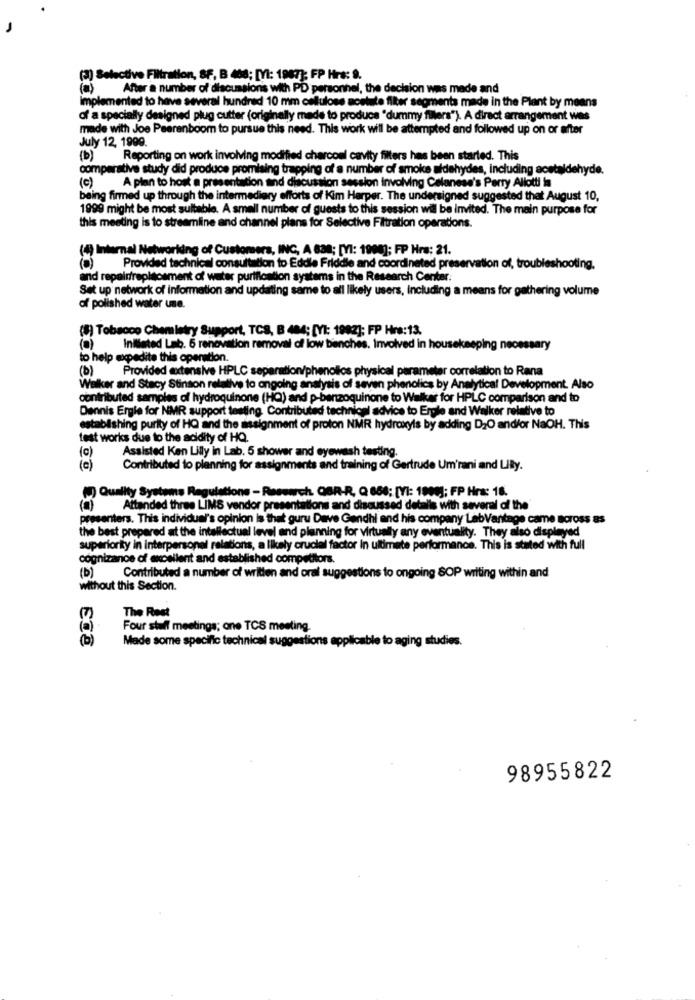
(3) Selective Filtration, SF, B 408; [Y: 1987]; FP Hrs: 9.
(a)
After a number of discussions with PD personnel, the decision was made and
Implemented to have several hundred 10 mm cellulose aostute filter segments made in the Plant by means
of a specially designed plug cutter (originally made to produce "dummy fillers"). A direct arrangement was
made with Joe Peerenboom to pursue this need. This work will be attempted and followed up on or after
July 12, 1999.
(b)
Reporting on work involving modified charcoal cavity filters has been started. This
comparative study did produce promising trapping of a number of smoke aidehydes, including acetaldehyde.
(c)
A plan to host a presentation and discussion session involving Celanese's Perry Allotti in
being fired up through the intermediary efforts of Kim Harper. The undersigned suggested that August 10,
1999 might be most suitable. A small number of guests to this session will be invited. The main purpose for
this meeting is to streamline and channel plans for Selective Filtration operations.
(4) Internal Networkding of Customers, INC, A B38; [YI: 1900]; FP Hrs: 21.
Provided technical consultation to Eddie Friddie and coordinated preservation of, troubleshooting.
and repairfrepisosment of water purification systems in the Research Center.
Set up network of information and updating same to all likely users, including a means for gathering volume
of polished water une.
(8) Tobacco Chemistry Support, TCS, B 484; [YI: 1982]; FP Hrs:13.
(a) Inflated Lab. 6 renovation removal of low benches. Involved in housekeeping necessary
to help expedite this operation.
(b)
Provided extensive HPLC separation/phenollos physical parameter correlation to Rana
Walker and Stacy Stinson relative to ongoing analysis of seven phenolics by Analytical Development. Also
contributed samples of hydroquinone (HQ) and p-benzoquinone to Walker for HPLC comparison and to
Dennis Ergie for NMR support testing. Contributed technical advice to Ergle and Walker relative to
establishing purity of HQ and the assignment of proton NMR hydroxyts by adding D2O and/or NaOH. This
test works due to the acidity of HQ.
(c)
Assisted Ken Lilly in Lab. 5 shower and eyewash testing.
(e)
Contributed to planning for assignments and training of Gertrude Um'rani and LIBy.
() Quality Systems Regulations - Research QBR-R, Q 686; [YI: 1908]; FP Hra: 18.
Attended three LIMS vendor presentations and discussed detalis with several of the
presenters. This individual's opinion is that guru Deve Gandhi and his company LabVantage came across as
the best prepared at the intellectual level and planning for virtually any eventuality. They also displayed
superiority in interpersonel relations, a likely cruciel factor in ultimate performance. This is stated with full
cognizance of excellent and established competitors.
(b) Contributed a number of written and oral suggestions to ongoing SOP writing within and
without this Section.
(7)
The Rest
(a)
Four stuff meetings; one TCS meeting.
(b)
Made some specific technical suggestions applicable to aging studies.
98955822